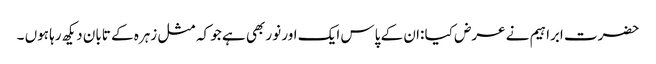
حضرت ابراہیم نے عرض کیا :ان کے پاس ایک اور نور بھی ہے جو کہ مثل زہرہ کے تابان دیکھ رہا ہوں ۔